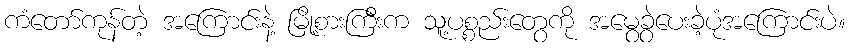
ကံတော်ကုန်တဲ့ အကြောင်းနဲ့ မြို့စားကြီးက သူ့ပစ္စည်းတွေကို အမွေခွဲပေးခဲ့ပုံအကြောင်းပဲ။